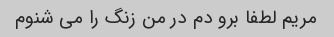
مریم لطفا برو دم در من زنگ را می شنوم